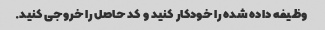
وظیفه داده شده را خودکار کنید و کد حاصل را خروجی کنید.